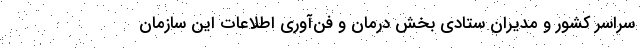
سراسر کشور و مدیران ستادی بخش درمان و فن‌آوری اطلاعات این سازمان